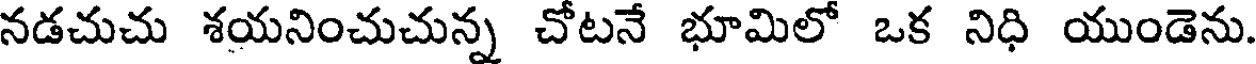
నడచుచు శయనించుచున్న చోటనే భూమిలో ఒక నిధి యుండెను.